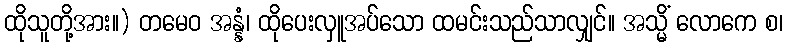
ထိုသူတို့အား။) တမေဝ အန္နံ၊ ထိုပေးလှူအပ်သော ထမင်းသည်သာလျှင်။ အသ္မိံ လောကေ စ၊